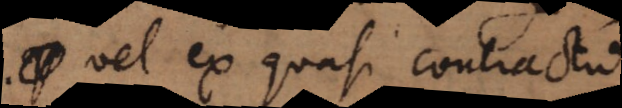
vel ex quasi contractu.